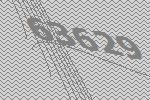
63629